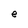
Character: e